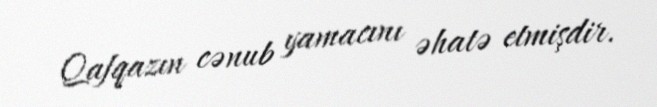
Qafqazın cənub yamacını əhatə etmişdir.